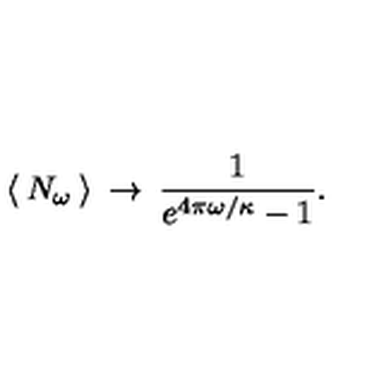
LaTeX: \: \langle \: N _ { \omega } \: \rangle \: \rightarrow \: \frac { 1 } { e ^ { 4 \pi \omega / \kappa } - 1 } . \: